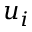
u _ { i }